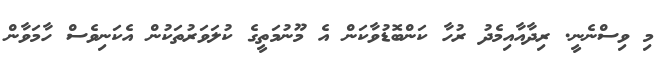
މި ވިސްނެނީ. ރިދާއާއިމެދު ރުހާ ކަންބޮޑުވާކަން އެ މޫނުމަތީގެ ކުލަވަރުތަކުން އެކަނިވެސް ހާމަވާން